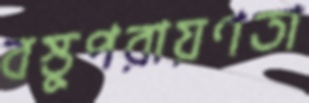
বস্তুপরায়ণতা